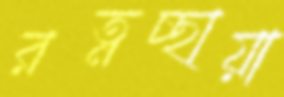
রত্নচ্ছায়া